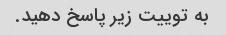
به توییت زیر پاسخ دهید.